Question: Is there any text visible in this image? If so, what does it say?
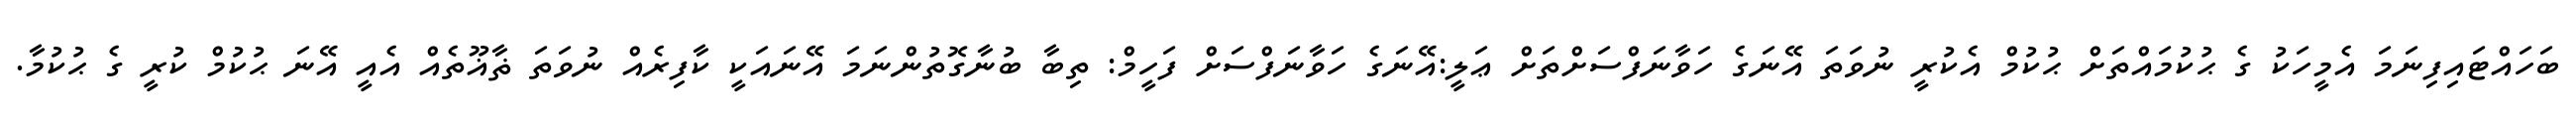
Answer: ބަހައްޓައިފިނަމަ އެމީހަކު ގެ ޙުކުމައްތަށް ޙުކުމް އެކުރީ ނުވަތަ އޭނަގެ ހަވާނަފްސަށްތަށް ޢަލީ:އޭނަގެ ހަވާނަފްސަށް ފަހީމް: ތިބާ ބުނާގޮތުންނަމަ އޭނައަކީ ކާފިރެއް ނުވަތަ ޡާޣޫތެއް އެއީ އޭނަ ޙުކުމް ކުރީ ގެ ޙުކުމާ.